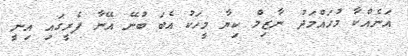
އަނެއްކާ މުހައްމަދު ނާޒިމް ކިޔާ މީހަކު އެބަ ބުނޭ އޭނާ ފެރީގައި އިނީ